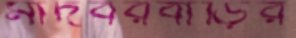
মাদবরবাড়ির